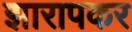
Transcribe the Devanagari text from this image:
झारापकर